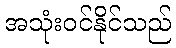
အသုံးဝင်နိုင်သည်